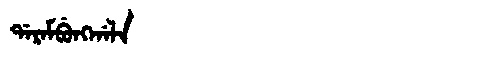
Manchu: ᡩᠠᡵᠠᠮᠪᡠᠩᡤᠠᠯᠠ
Romanization: DARAMBUNGGALA